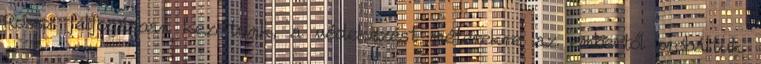
Rossz felfogásban kezdtünk, a védekezést méterekre az embertől próbáltuk